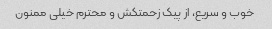
خوب و سریع، از پیک زحمتکش و محترم خیلی ممنون